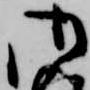
御